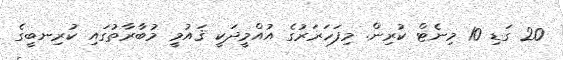
20 ގަޑި 10 މިނެޓް ކުރިން. މިފަހަރަރުގެ އުއްމީދަކީ ޤައުމީ މުބާރާތުގައި ކުރިނބީގެ